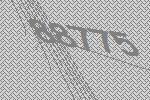
88775